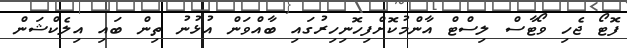
ފޮޓޯ ޖެހި ވޯޓާސް ލިސްޓް އާންމުކޮށްފިހޮނިހިރުގައި ބާއްވަން އުޅުނު ތިން ބައި އިލެކްޝަން